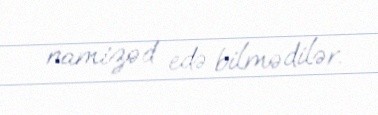
namizəd edə bilmədilər.